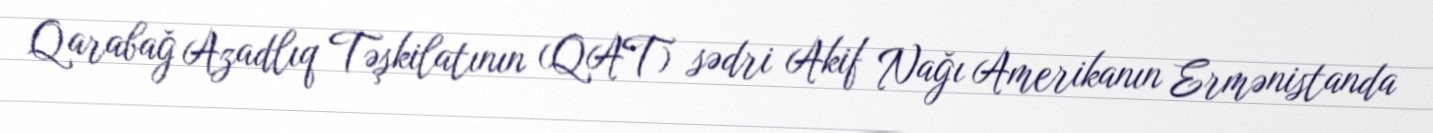
Qarabağ Azadlıq Təşkilatının (QAT) sədri Akif Nağı Amerikanın Ermənistanda